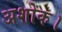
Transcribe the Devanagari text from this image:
अशोक।